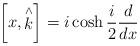
LaTeX: \begin{align*}\left[ x,\stackrel{\wedge }{k}\right] =i\cosh \frac {i}{2} \frac {d}{dx}\end{align*}